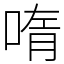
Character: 𫪳